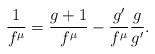
LaTeX: \begin{align*}\frac{1}{f^{\mu}}=\frac{g+1}{f^{\mu}} - \frac{g'}{f^{\mu}}\frac{g}{g'}.\end{align*}